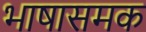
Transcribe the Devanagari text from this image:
भाषासमक